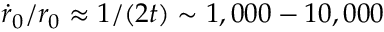
\dot { r } _ { 0 } / r _ { 0 } \approx 1 / ( 2 t ) \sim 1 , 0 0 0 - 1 0 , 0 0 0